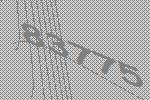
83775